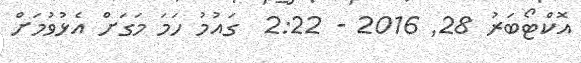
އޮކްޓޯބަރު 28